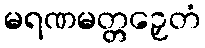
မရဏမတ္တဉှေတံ